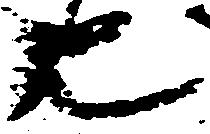
也